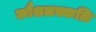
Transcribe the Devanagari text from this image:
कौशलक्कळि